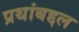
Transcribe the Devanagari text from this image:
प्रथांबद्दल